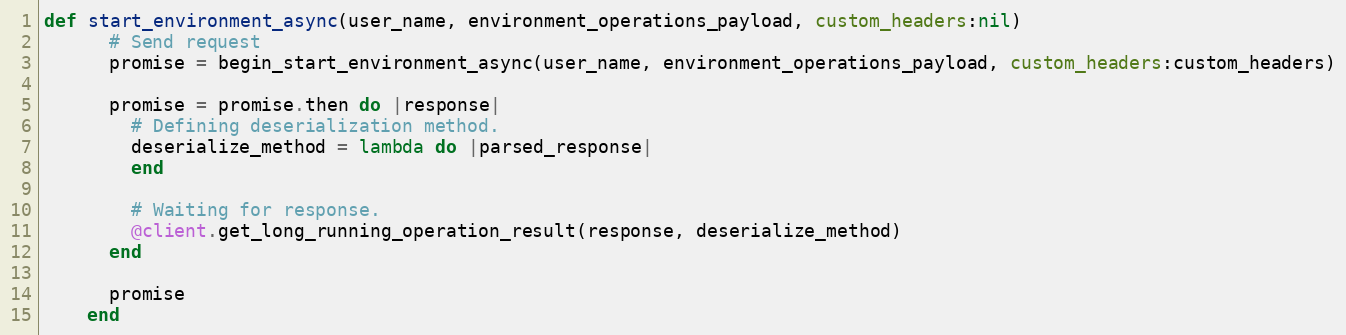
Language: Ruby
def start_environment_async(user_name, environment_operations_payload, custom_headers:nil)
      # Send request
      promise = begin_start_environment_async(user_name, environment_operations_payload, custom_headers:custom_headers)

      promise = promise.then do |response|
        # Defining deserialization method.
        deserialize_method = lambda do |parsed_response|
        end

        # Waiting for response.
        @client.get_long_running_operation_result(response, deserialize_method)
      end

      promise
    end